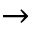
\rightarrow